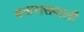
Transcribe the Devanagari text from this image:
बनारासवाली